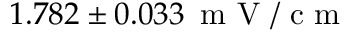
1 . 7 8 2 \pm 0 . 0 3 3 \, \mathrm { ~ m ~ V ~ / ~ c ~ m ~ }